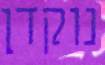
נוקדן